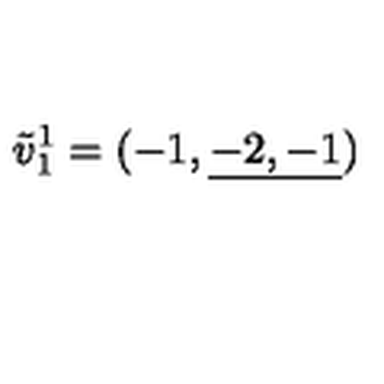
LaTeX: { \tilde { v } _ { 1 } } ^ { 1 } = ( { - 1 } , \underline { { - 2 , - 1 } } )